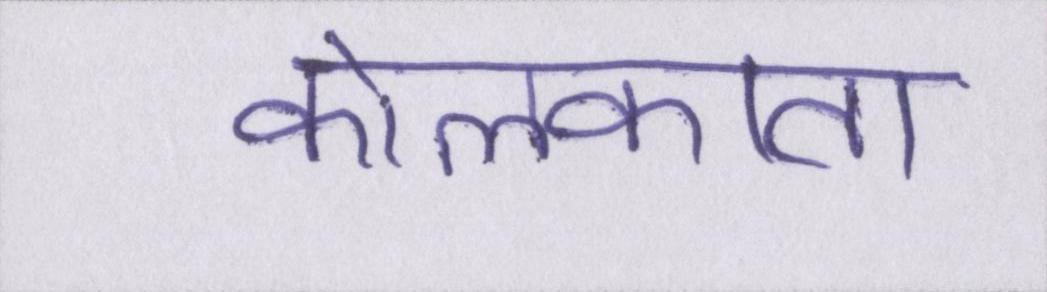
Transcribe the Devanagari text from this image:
कोलकाता